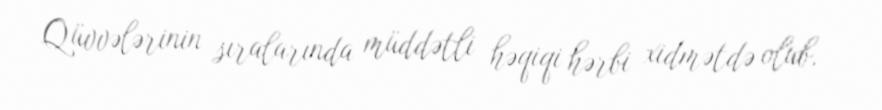
Qüvvələrinin sıralarında müddətli həqiqi hərbi xidmətdə olub.